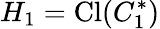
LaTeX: H_{1}=\mathrm{Cl}(C_{1}^{*})